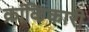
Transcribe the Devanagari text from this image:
क्रांकिकारी